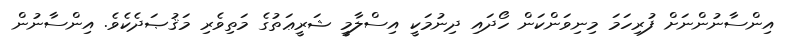
އިންސާނުންނަށް ފުރިހަމަ މިނިވަންކަން ހޯދައި ދިނުމަކީ އިސްލާމީ ޝަރީޢަތުގެ މަތިވެރި މަޤުޞަދެކެވެ. އިންސާނުން